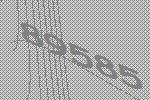
89585